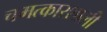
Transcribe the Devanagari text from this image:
चमत्कारशाली